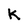
Character: k